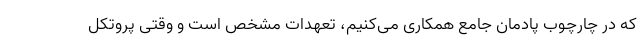
که در چارچوب پادمان جامع همکاری می‌کنیم، تعهدات مشخص است و وقتی پروتکل